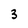
Character: 3